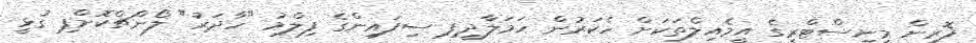
ފޮރިން މިނިސްޓްރީގެ އީމެއިލްތަކަށް ހެކަރުން ހަމަލާދީފި ސިފައިންގެ ފިލްމު "ހާދަރު" ލޯންޗްކޮށްފި ގުޅީ